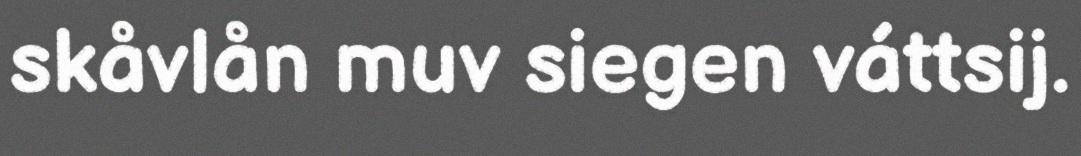
skåvlån muv siegen váttsij.